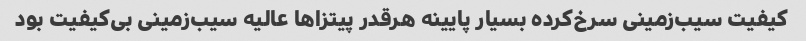
کیفیت سیب‌زمینی سرخ‌کرده بسیار پایینه هرقدر پیتزاها عالیه سیب‌زمینی بی‌کیفیت بود